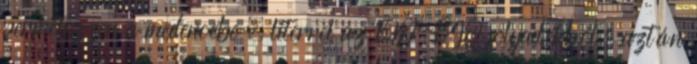
permetezzen a medencébe ½ literrel az EM-BIO folyadékból, aztán